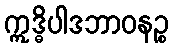
ဣဒ္ဓိပါဒဘာဝနဉ္စ